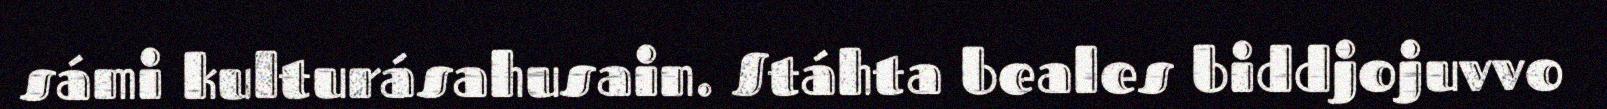
sámi kulturásahusain. Stáhta beales biddjojuvvo